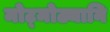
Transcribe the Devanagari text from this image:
मोट्मोठ्यानि